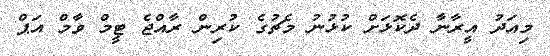
މިއަދު އީރާނާ ދެކޮޅަށް ކުޅުނު މެޗުގެ ކުރިން ރާއްޖެ ޓީމް ވާމް އަޕް